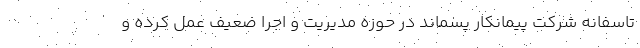
تاسفانه شرکت پیمانکار پسماند در حوزه مدیریت و اجرا ضعیف عمل کرده و